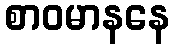
စာဝမာနနေ